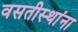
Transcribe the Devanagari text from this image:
वसतीस्थांना